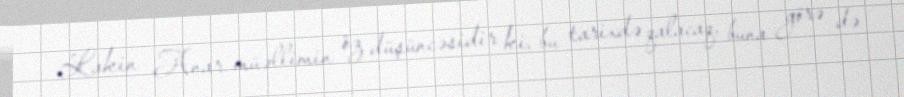
Lakin Anar müəllimin öz düşüncəsidir ki, bu tarixdə qalacaq, buna görə də